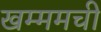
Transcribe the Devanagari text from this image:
खम्ममची